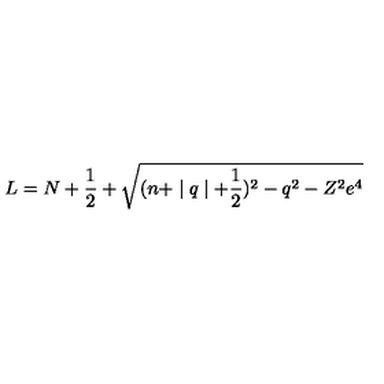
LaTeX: L = N + \frac 1 2 + \sqrt { ( n + \mid q \mid + \frac 1 2 ) ^ { 2 } - q ^ { 2 } - Z ^ { 2 } e ^ { 4 } }